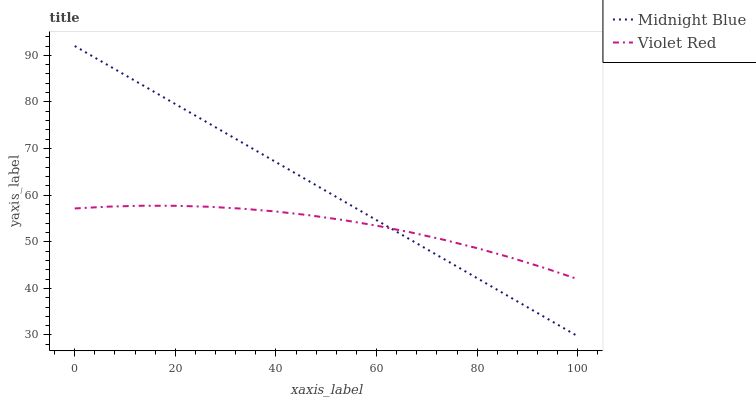
| xaxis_label | Midnight Blue | Violet Red |
 | --- | --- | --- |
 | 0 | 92 | 57.1 |
 | 6.67 | 87.8 | 57.5 |
 | 13.3 | 83.7 | 57.7 |
 | 20 | 79.5 | 57.7 |
 | 26.7 | 75.4 | 57.5 |
 | 33.3 | 71.2 | 57.1 |
 | 40 | 67.1 | 56.5 |
 | 46.7 | 62.9 | 55.7 |
 | 53.3 | 58.8 | 54.7 |
 | 60 | 54.6 | 53.5 |
 | 66.7 | 50.5 | 52 |
 | 73.3 | 46.3 | 50.4 |
 | 80 | 42.2 | 48.6 |
 | 86.7 | 38 | 46.6 |
 | 93.3 | 33.9 | 44.4 |
 | 100 | 29.7 | 42 |